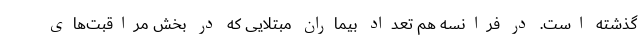
گذشته است. در فرانسه هم تعداد بیماران مبتلایی که در بخش مراقبت‌های